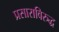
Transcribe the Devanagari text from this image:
प्रसाराविरुद्ध